Vaccination in Bombay 1889-1901 - 1889-1901
Year: 1889
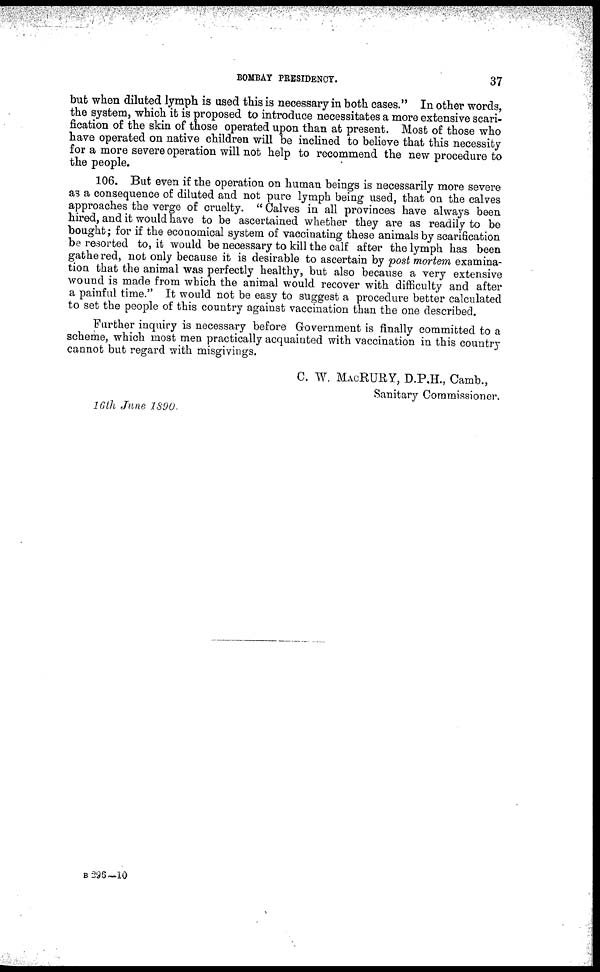
BOMBAY PRESIDENCY.
37
but when diluted lymph is used this is necessary in both cases." In other words,
the system, which it is proposed to introduce necessitates a more extensive scari-
fication of the skin of those operated upon than at present. Most of those who
have operated on native children will be inclined to believe that this necessity
for a more severe operation will not help to recommend the new procedure to
the people.
106. But even if the operation on human beings is necessarily more severe
as a consequence of diluted and not pure lymph being used, that on the calves
approaches the verge of cruelty. " Calves in all provinces have always been
hired, and it would have to be ascertained whether they are as readily to be
bought; for if the economical system of vaccinating these animals by scarification
be resorted to, it would be necessary to kill the calf after the lymph has been
gathered, not only because it is desirable to ascertain by post mortem examina-
tion that the animal was perfectly healthy, but also because a very extensive
wound is made from which the animal would recover with difficulty and after
a painful time." It would not be easy to suggest a procedure better calculated
to set the people of this country against vaccination than the one described.
Further inquiry is necessary before Government is finally committed to a
scheme, which most men practically acquainted with vaccination in this country
cannot but regard with misgivings.
C. W. MACRURY, D.P.H., Camb.,
Sanitary Commissioner.
16th June 1890.
B 296—10